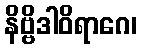
နိဗ္ဗိဒါဝိရာဂေ၊